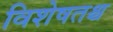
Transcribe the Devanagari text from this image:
विशेषतश्च